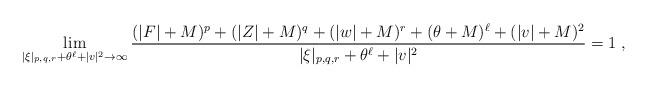
LaTeX: \begin{align*}\lim_{|\xi|_{p,q,r}+\theta^{\ell}+|v|^2\to\infty}\frac{(|F|+M)^p+(|Z|+M)^q+(|w|+M)^r+(\theta+M)^{\ell}+(|v|+M)^2}{|\xi|_{p,q,r}+\theta^{\ell}+|v|^2}=1\;,\end{align*}